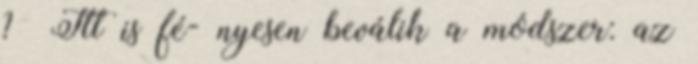
? Itt is fé- nyesen beválik a módszer: az